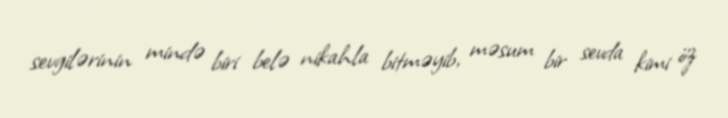
sevgilərinin mində biri belə nikahla bitməyib, məsum bir sevda kimi öz